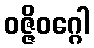
ဝဇ္ဇိဝဂ္ဂေါ